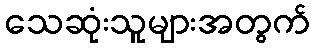
သေဆုံးသူများအတွက်